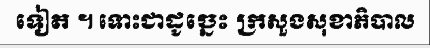
ទៀត ។ ទោះជាដូច្នេះ ក្រសួងសុខាភិបាល